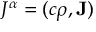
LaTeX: J ^ { \alpha } = ( c \rho , \mathbf { J } )